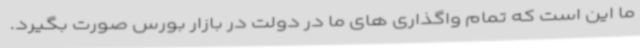
ما این است که تمام واگذاری های ما در دولت در بازار بورس صورت بگیرد.